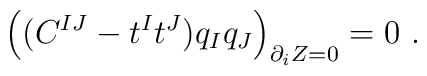
\left ((C^{IJ}  -  t^I t^J)q_I q_J \right)_{\partial_i Z=0} =0 \ .